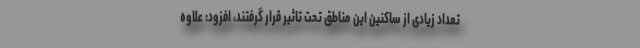
تعداد زیادی از ساکنین این مناطق تحت تاثیر قرار گرفتند، افزود: علاوه